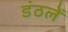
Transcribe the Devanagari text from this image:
डंठलें